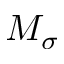
M _ { \sigma }